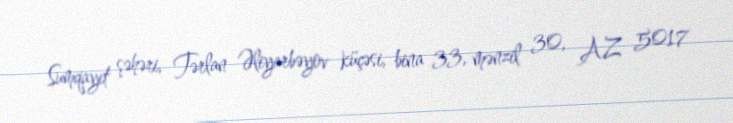
Sumqayıt şəhəri, Tərlan Əliyarbəyov küçəsi, bina 33, mənzil 30, AZ 5017